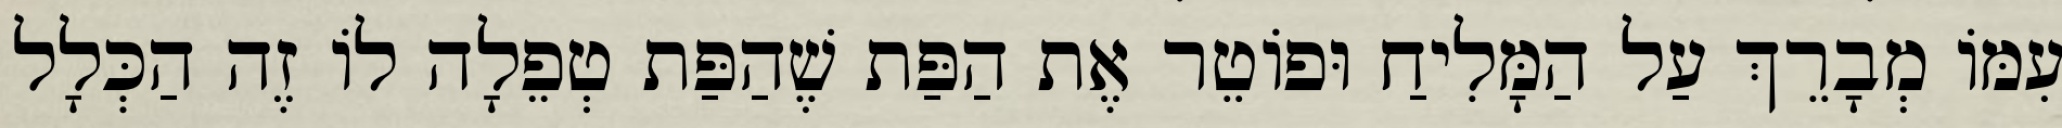
עִמּוֹ מְבָרֵךְ עַל הַמָּלִיחַ וּפוֹטֵר אֶת הַפַּת שֶׁהַפַּת טְפֵלָה לוֹ זֶה הַכְּלָל